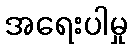
အရေးပါမှု